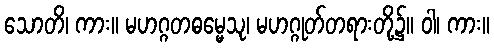
သောတိ၊ ကား။ မဟဂ္ဂတဓမ္မေသု၊ မဟဂ္ဂုတ်တရားတို့၌။ ဝါ၊ ကား။